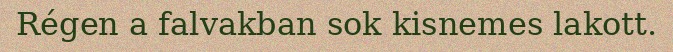
Régen a falvakban sok kisnemes lakott.